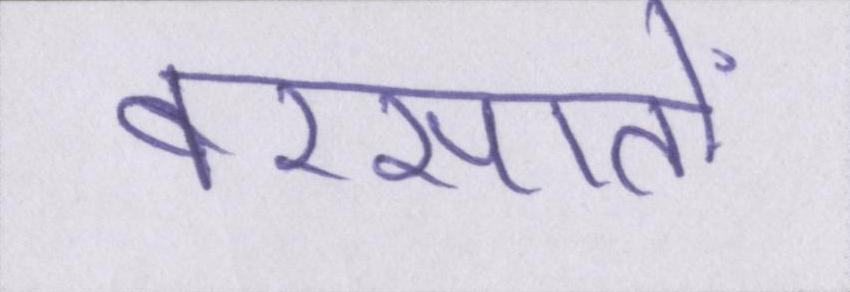
बरसातों